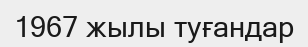
1967 жылы туғандар